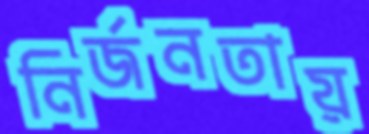
নির্জনতায়